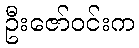
ဦးဇော်ဝင်းက